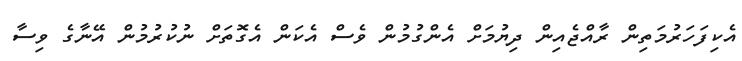
އެކިފަހަރުމަތިން ރާއްޖެއިން ދިޔުމަށް އެންގުމުން ވެސް އެކަން އެގޮތަށް ނުކުރުމުން އޭނާގެ ވިސާ